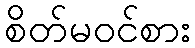
စိတ်မဝင်စား